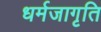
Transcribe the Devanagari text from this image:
धर्मजागृति